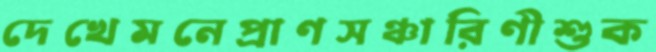
দেখেমনেপ্রাণসঞ্চারিণীশুক